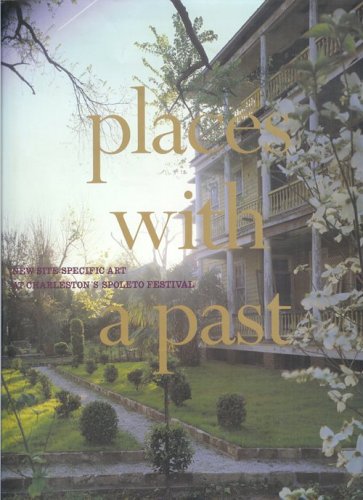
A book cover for Places With A Past; Mary Jane Jacob; Travel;